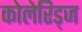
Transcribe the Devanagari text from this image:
कोलेरिड्ज